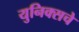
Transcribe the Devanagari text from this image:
युनिक्सचे